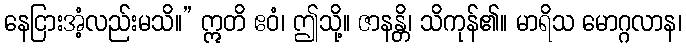
နေငြားအံ့လည်းမသိ။” ဣတိ ဧဝံ၊ ဤသို့။ ဇာနန္တိ၊ သိကုန်၏။ မာရိသ မောဂ္ဂလာန၊